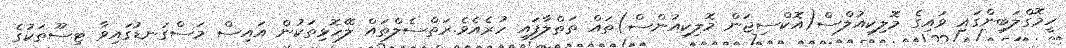
ހީމޮގްލަބިންގައި ވައިގެ މޮލިކިއުލްސް(އޮކްސިޖަން މޮލިކިއުންސް)ތައް ތަތްލާފައި ހުރެއެވެ.ރަތްސެލްތައް ލޭހޮޅިތަކުން އައިސް މަސްގަނޑުގައިވާ ޓިސޫތަކުގެ